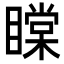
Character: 𥊲